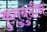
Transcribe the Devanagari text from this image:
कुतुबुदीन